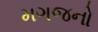
મગજનો